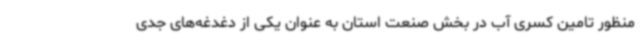
منظور تامین کسری آب در بخش صنعت استان به عنوان یکی از دغدغه‌های جدی